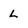
Character: l